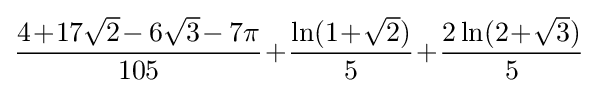
{\frac {4\!+\!17{\sqrt {2}}\!-6{\sqrt {3}}\!-7\pi }{105}}\!+\!{\frac {\ln(1\!+\!{\sqrt {2}})}{5}}\!+\!{\frac {2\ln(2\!+\!{\sqrt {3}})}{5}}